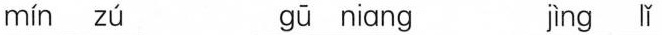
mín zú gū niang jìng lǐ